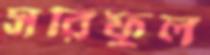
সরিফুল